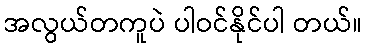
အလွယ်တကူပဲ ပါဝင်နိုင်ပါ တယ်။